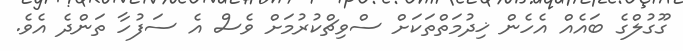
ގޫގުލްގެ ބައެއް އެހެން ޚިދުމަތްތަކަށް ސްވިޗްކުރުމަށް ވެސް އެ ސަފުހާ ތަންދެ އެވެ.